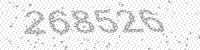
Solution: 268526